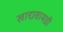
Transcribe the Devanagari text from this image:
खाद्यसामग्री